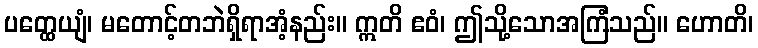
ပတ္ထေယျံ၊ မတောင့်တဘဲရှိရာအံ့နည်း။ ဣတိ ဧဝံ၊ ဤသို့သောအကြံသည်။ ဟောတိ၊